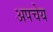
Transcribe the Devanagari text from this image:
अपचेय